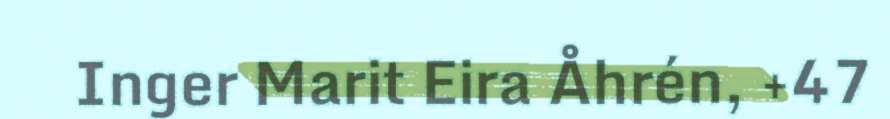
Inger Marit Eira Åhrén, +47